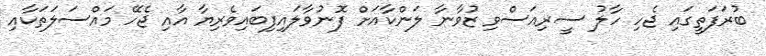
ބުރަފަތީގައި ޖެހި ހާލު ސީރިއަސްވި ޒުވާނާ ލަންކާއަށް ފޮނުވާލައިފިބައިވެރިޔާ އާއި ޖެހޭ މައްސަލަތަކާއި